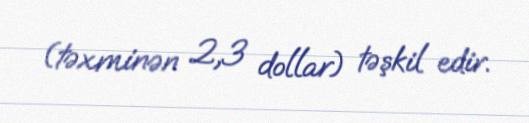
(təxminən 2,3 dollar) təşkil edir.